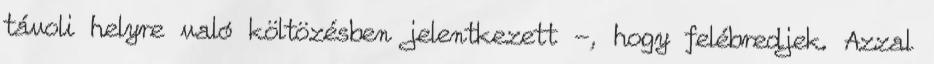
távoli helyre való költözésben jelentkezett -, hogy felébredjek. Azzal